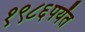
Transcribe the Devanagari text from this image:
१९८६पर्यंत